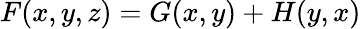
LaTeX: F(x,y,z)=G(x,y)+H(y,x)